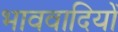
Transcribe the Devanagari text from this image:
भाववादियों